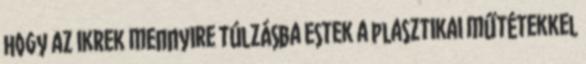
hogy az ikrek mennyire túlzásba estek a plasztikai műtétekkel